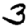
Digit: 3